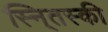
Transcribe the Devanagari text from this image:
स्नि्तस्की